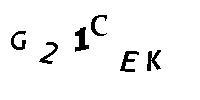
G21CEK